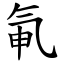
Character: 氠